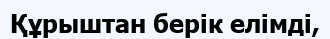
Құрыштан берік елімді,